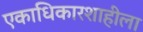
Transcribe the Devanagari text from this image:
एकाधिकारशाहीला